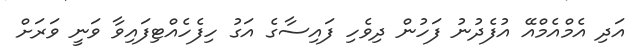
އަދި އެމްއެމްއޭ އުފެދުނު ފަހުން ދިވެހި ފައިސާގެ އަގު ހިފެހެއްޓިފައިވާ ވަނީ ވަރަށް